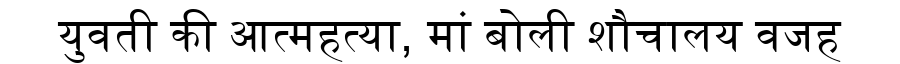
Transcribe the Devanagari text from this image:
युवती की आत्महत्या, मां बोली शौचालय वजह